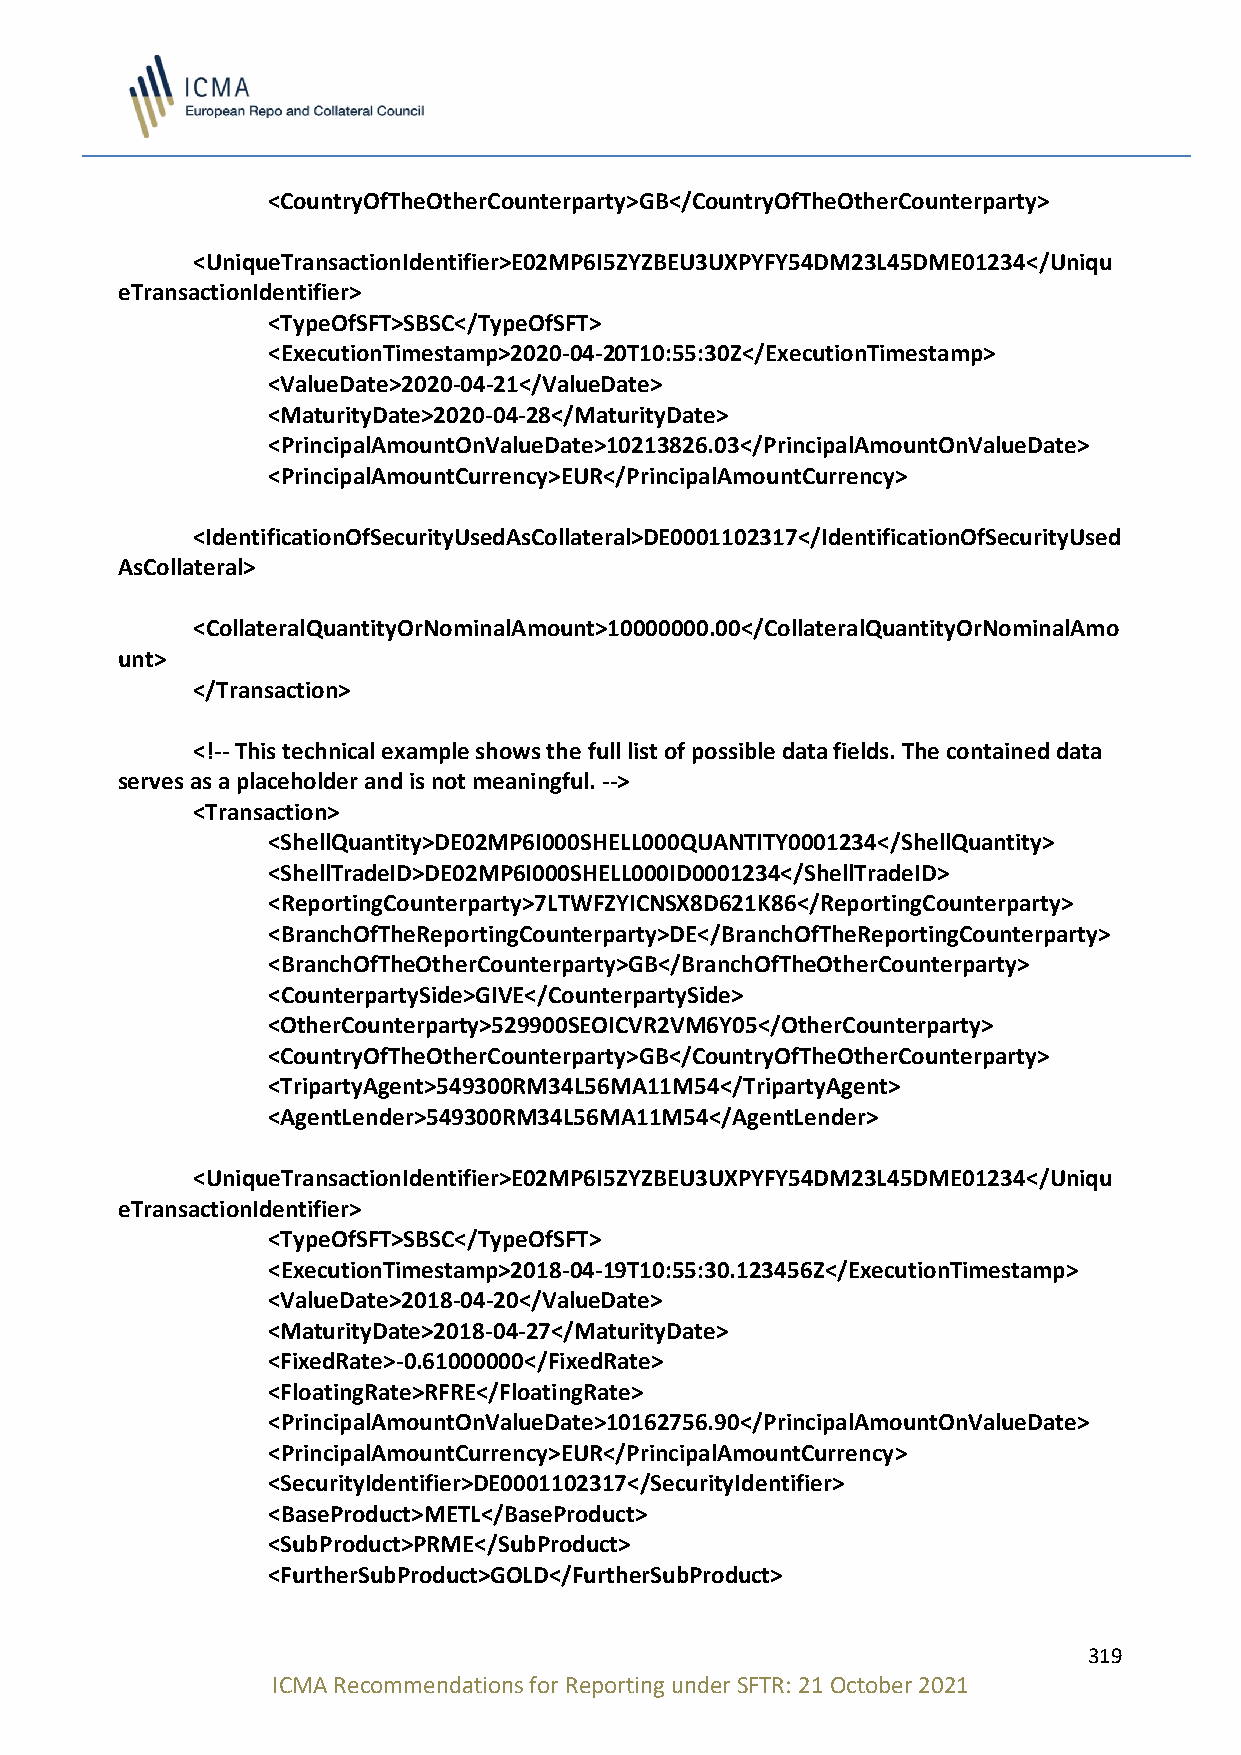
<CountryOfTheOtherCounterparty>GB</CountryOfTheOtherCounterparty>
 <UniqueTransactionIdentifier>E02MP6I5ZYZBEU3UXPYFY54DM23L45DME01234</Uniqu
 eTransactionIdentifier>
 <TypeOfSFT>SBSC</TypeOfSFT>
 <ExecutionTimestamp>2020-04-20T10:55:30Z</ExecutionTimestamp>
 <ValueDate>2020-04-21</ValueDate>
 <MaturityDate>2020-04-28</MaturityDate>
 <PrincipalAmountOnValueDate>10213826.03</PrincipalAmountOnValueDate>
 <PrincipalAmountCurrency>EUR</PrincipalAmountCurrency>
 <IdentificationOfSecurityUsedAsCollateral>DE0001102317</IdentificationOfSecurityUsed
 AsCollateral>
 <CollateralQuantityOrNominalAmount>10000000.00</CollateralQuantityOrNominalAmo
 unt>
 </Transaction>
 <!-- This technical example shows the full list of possible data fields. The contained data
 serves as a placeholder and is not meaningful. -->
 <Transaction>
 <ShellQuantity>DE02MP6I000SHELL000QUANTITY0001234</ShellQuantity>
 <ShellTradeID>DE02MP6I000SHELL000ID0001234</ShellTradeID>
 <ReportingCounterparty>7LTWFZYICNSX8D621K86</ReportingCounterparty>
 <BranchOfTheReportingCounterparty>DE</BranchOfTheReportingCounterparty>
 <BranchOfTheOtherCounterparty>GB</BranchOfTheOtherCounterparty>
 <CounterpartySide>GIVE</CounterpartySide>
 <OtherCounterparty>529900SEOICVR2VM6Y05</OtherCounterparty>
 <CountryOfTheOtherCounterparty>GB</CountryOfTheOtherCounterparty>
 <TripartyAgent>549300RM34L56MA11M54</TripartyAgent>
 <AgentLender>549300RM34L56MA11M54</AgentLender>
 <UniqueTransactionIdentifier>E02MP6I5ZYZBEU3UXPYFY54DM23L45DME01234</Uniqu
 eTransactionIdentifier>
 <TypeOfSFT>SBSC</TypeOfSFT>
 <ExecutionTimestamp>2018-04-19T10:55:30.123456Z</ExecutionTimestamp>
 <ValueDate>2018-04-20</ValueDate>
 <MaturityDate>2018-04-27</MaturityDate>
 <FixedRate>-0.61000000</FixedRate>
 <FloatingRate>RFRE</FloatingRate>
 <PrincipalAmountOnValueDate>10162756.90</PrincipalAmountOnValueDate>
 <PrincipalAmountCurrency>EUR</PrincipalAmountCurrency>
 <SecurityIdentifier>DE0001102317</SecurityIdentifier>
 <BaseProduct>METL</BaseProduct>
 <SubProduct>PRME</SubProduct>
 <FurtherSubProduct>GOLD</FurtherSubProduct>
 319
 ICMA Recommendations for Reporting under SFTR: 21 October 2021